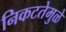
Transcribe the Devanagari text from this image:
निकटतेमुळे